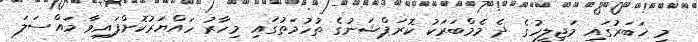
މި ޚަބަރުގައި މަޖިލީހުގެ ދެ މެމްބަރަކު ކޮރަޕްޝަނުގެ ތުހުމަތުގައި މިހާރު ހައްޔަރުކޮށްފައިވާ މައްސަލަ